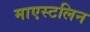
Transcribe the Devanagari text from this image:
माएस्टलिन